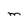
Character: M